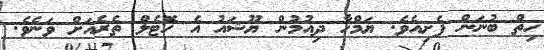
ހިތް ބުނަން ފެށިއެވެ. ޔަމްހާ ދިއުމުން ޔޫޝައު އެ ހޮޓެލް ތެރެއަށް ވަނެވެ.